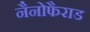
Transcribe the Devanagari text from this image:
नैनोफैराड